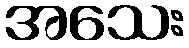
အသေး